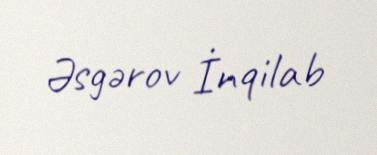
Əsgərov İnqilab